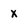
Character: X